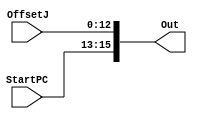
module SignExt(
    output [15:0] Out,
    input [12:0] OffsetJ,
    input [2:0] StartPC
    );
	 
assign Out[12:0]=OffsetJ[12:0];
assign Out[15:13]=StartPC;
endmodule